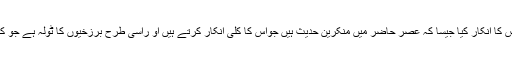
جبکہ بعض کوتاہ بین ایسے بھی ہیں جنہوں نےاس کا انکار کیا جیسا کہ عصر حاضر میں منکرین حدیث ہیں جواس کا کلی انکار کرتے ہیں او راسی طرح برزخیوں کا ٹولہ ہے جو کہتے ہیں کہ اس قبر میں میت کو عذاب نہیں ہوتا۔